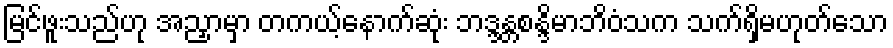
မြင်ဖူးသည်ဟု အညှာမှာ တကယ့်နောက်ဆုံး ဘဒ္ဒန္တစန္ဒိမာဘိဝံသက သက်ရှိမဟုတ်သော